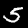
Digit: 5